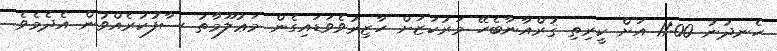
ހެނދުނު 11:00 އަށް ކީރިތި ޤުރްއާނާބެހޭ މަރުކަޒަށް ހާޒިރުވެވަޑައިގެން މަޢުލޫމާތު ސާފުކުރެއްވުން އެދެމެވެ.